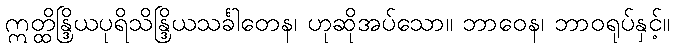
ဣတ္ထိန္ဒြိယပုရိသိန္ဒြိယသင်္ခါတေန၊ ဟုဆိုအပ်သော။ ဘာဝေန၊ ဘာဝရုပ်နှင့်။